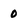
Character: 0